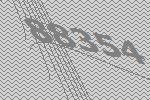
88354